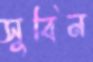
সুবিন